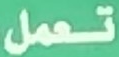
تعمل